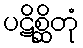
ပဋိစ္ဆိတုံ